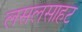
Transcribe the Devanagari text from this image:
लसलसाहट